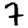
Digit: 7